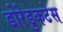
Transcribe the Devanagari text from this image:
डोरेडुकटेस